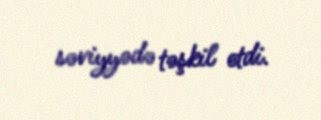
səviyyədə təşkil etdi.